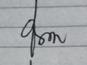
Signature authenticity: genuine